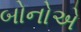
બોનોએ